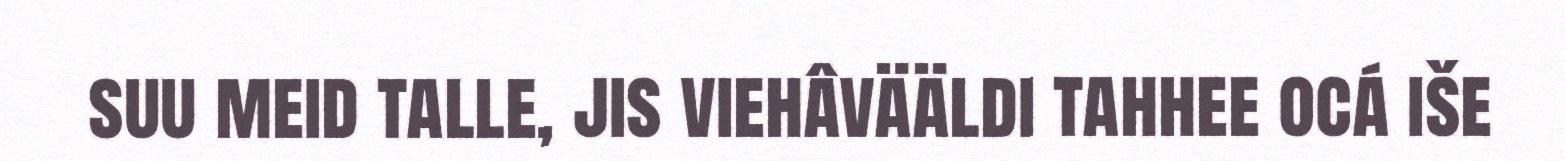
suu meid talle, jis viehâvääldi tahhee ocá iše